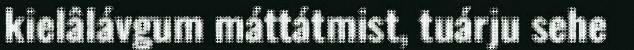
kielâlávgum máttátmist, tuárju sehe